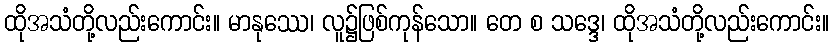
ထိုအသံတို့လည်းကောင်း။ မာနုဿေ၊ လူ၌ဖြစ်ကုန်သော။ တေ စ သဒ္ဒေ၊ ထိုအသံတို့လည်းကောင်း။